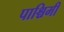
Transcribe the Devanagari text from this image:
पाश्चिमी